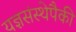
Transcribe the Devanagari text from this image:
यज्ञसंस्थेपैकी